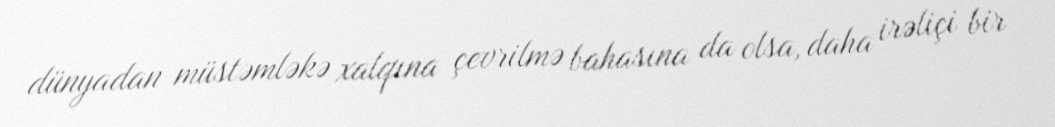
dünyadan müstəmləkə xalqına çevrilmə bahasına da olsa, daha irəliçi bir